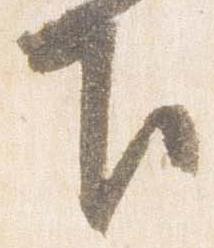
下